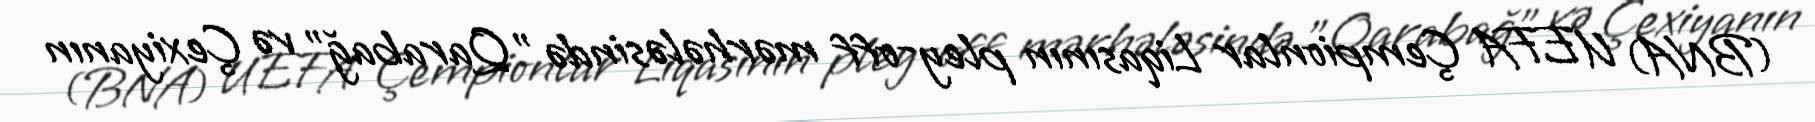
(BNA) UEFA Çempionlar Liqasının pley-off mərhələsində "Qarabağ" və Çexiyanın